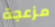
مزعجة